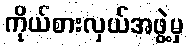
ကိုယ်စားလှယ်အဖွဲ့မှ